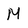
Character: M